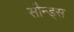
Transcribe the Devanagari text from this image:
सौन्ड्स